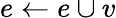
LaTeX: e\leftarrow e\cup v